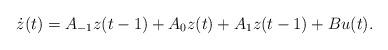
LaTeX: \begin{align*}\dot z (t)= A_{-1} z(t-1)+ A_0 z(t) + A_1 z(t-1) + Bu(t).\end{align*}